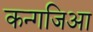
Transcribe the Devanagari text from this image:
कन्गजिआ